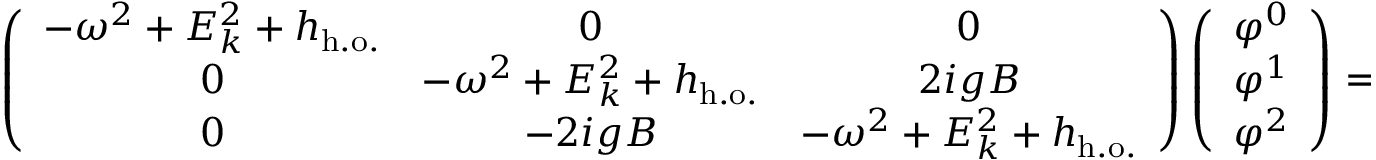
\left( \begin{array} { c c c } { { - \omega ^ { 2 } + E _ { k } ^ { 2 } + h _ { \mathrm { h . o . } } } } & { { 0 } } & { { 0 } } \\ { { 0 } } & { { - \omega ^ { 2 } + E _ { k } ^ { 2 } + h _ { \mathrm { h . o . } } } } & { { 2 i g B } } \\ { { 0 } } & { { - 2 i g B } } & { { - \omega ^ { 2 } + E _ { k } ^ { 2 } + h _ { \mathrm { h . o . } } } } \end{array} \right) \left( \begin{array} { c } { { \varphi ^ { 0 } } } \\ { { \varphi ^ { 1 } } } \\ { { \varphi ^ { 2 } } } \end{array} \right) = 0